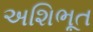
અશિભૂત